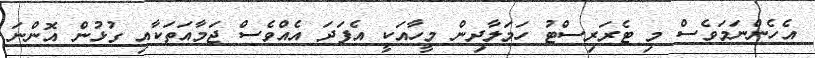
އެހެންނަމަވެސް މި ޓެރަރިސްޓު ހަމަލާދިން މީހާއަކީ އެފަދަ އެއްވެސް ޖަމާއަތަކާއި ގުޅުން އޮންނަ